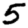
Digit: 5